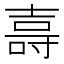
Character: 𭐖